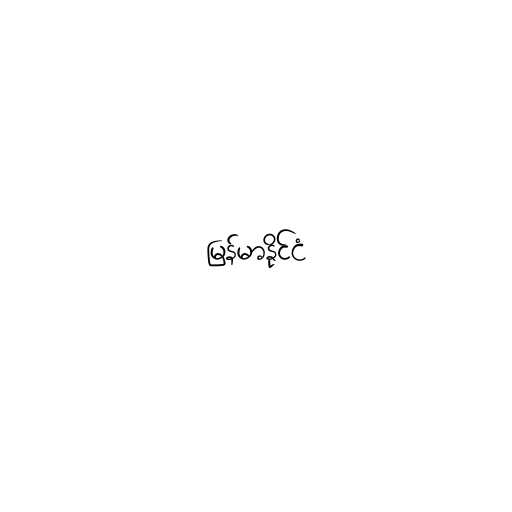
မြန်မာနိုင်ငံ